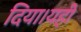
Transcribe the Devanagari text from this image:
दिया।यही